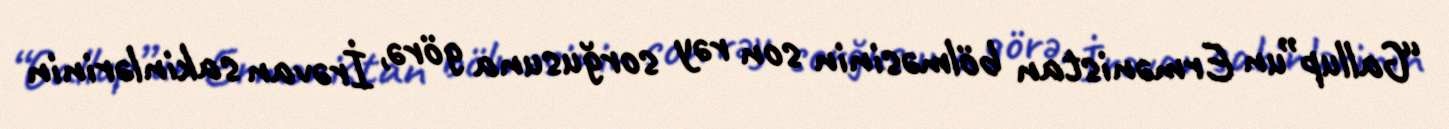
“Gallup”un Ermənistan bölməsinin son rəy sorğusuna görə, İrəvan sakinlərinin